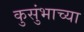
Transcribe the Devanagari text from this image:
कुसुंभाच्या